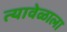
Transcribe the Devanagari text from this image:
त्यावेळाला